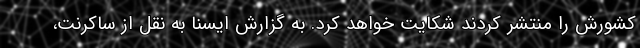
کشورش را منتشر کردند شکایت خواهد کرد. به گزارش ایسنا به نقل از ساکرنت،